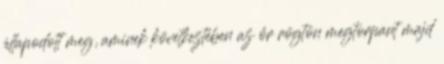
állapodott meg, aminek következtében az őr rögtön megtorpant majd